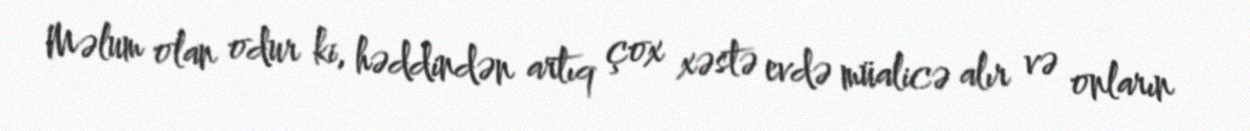
Məlum olan odur ki, həddindən artıq çox xəstə evdə müalicə alır və onların